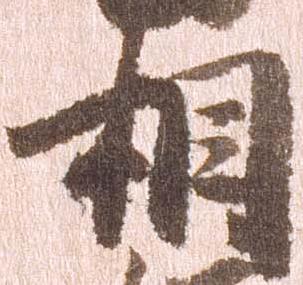
相